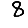
Digit: 8